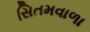
સિતમવાળા